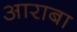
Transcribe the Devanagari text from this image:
आराबा